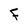
Character: F